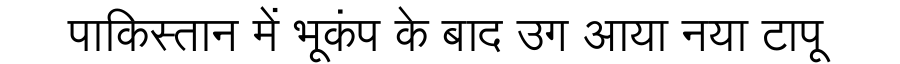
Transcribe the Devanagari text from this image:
पाकिस्तान में भूकंप के बाद उग आया नया टापू